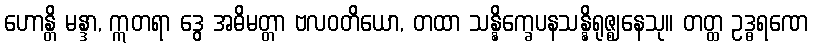
ဟောန္တိ မန္ဒာ, ဣတရာ ဒွေ အဓိမတ္တာ ဗလဝတိယော, တထာ သန္နိက္ခေပနသန္နိရုဇ္ဈနေသု။ တတ္ထ ဥဒ္ဓရဏေ